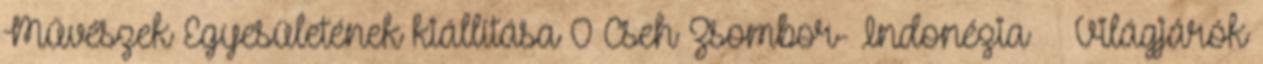
Művészek Egyesületének kiállítása 0 Cseh Zsombor- Indonézia Világjárók